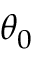
\theta _ { 0 }